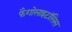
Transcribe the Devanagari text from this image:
फैगोसाइटॉसिस